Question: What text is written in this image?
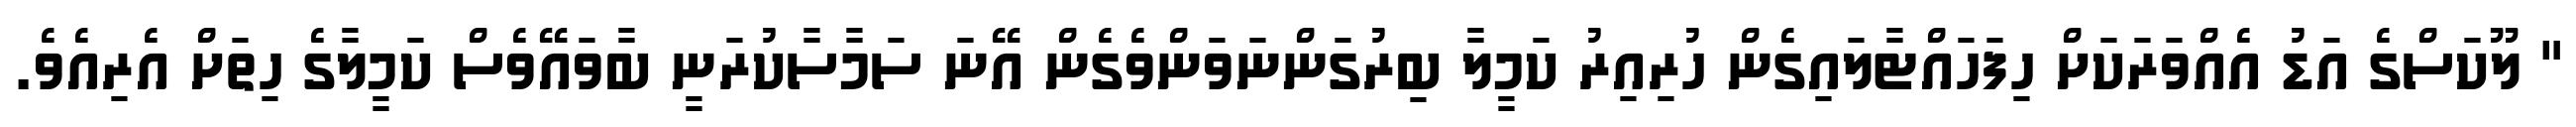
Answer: " ލޫކަސްގެ އަޑު އެއްވަރަކަށް ހިފަހައްޓާލައިގެން ހުރިއިރު ކަމީލާ ބިރުގަންނަވަންވެގެން އޭނަ ސަމާސާކުރަނީ ބާވައޭވެސް ކަމީލާގެ ހިތަށް އެރިއެވެ.